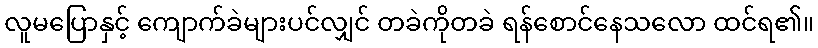
လူမပြောနှင့် ကျောက်ခဲများပင်လျှင် တခဲကိုတခဲ ရန်စောင်နေသလော ထင်ရ၏။